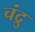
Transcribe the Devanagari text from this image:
चंद्रु